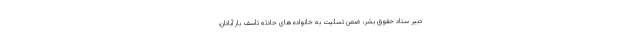
دبیر ستاد حقوق بشر، ضمن تسلیت به خانواده‌های حادثه تأسف بار آبادان،